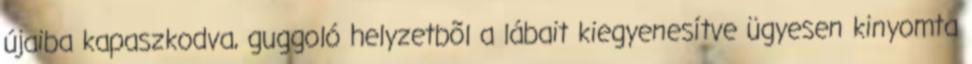
újaiba kapaszkodva, guggoló helyzetbõl a lábait kiegyenesítve ügyesen kinyomta